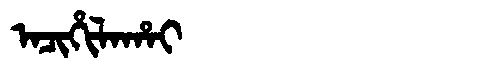
Manchu: ᠠᠴᡳᡥᡳᠯᠠᡥᠠᡳ
Romanization: ACIHILAHAI